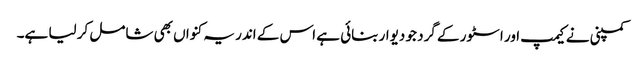
کمپنی نے کیمپ اور اسٹور کے گرد جو دیوار بنائی ہے اس کے اندر یہ کنواں بھی شامل کر لیا ہے۔